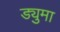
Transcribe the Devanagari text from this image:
ड्युमा